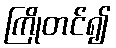
ကြိုတင်၍